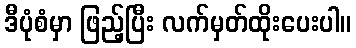
ဒီပုံစံမှာ ဖြည့်ပြီး လက်မှတ်ထိုးပေးပါ။